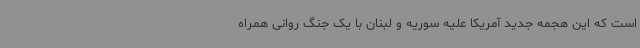
است که این هجمه جدید آمریکا علیه سوریه و لبنان با یک جنگ روانی همراه